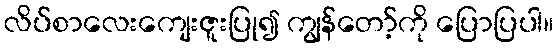
လိပ်စာလေးကျေးဇူးပြု၍ ကျွန်တော့်ကို ပြောပြပါ။